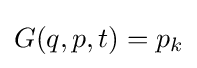
G(q,p,t)=p_{k}